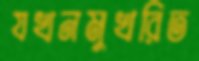
যখনমুখরিত